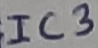
Text: IC3